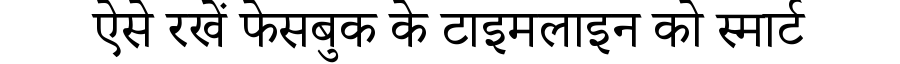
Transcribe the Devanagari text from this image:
ऐसे रखें फेसबुक के टाइमलाइन को स्मार्ट